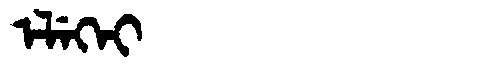
Manchu: ᡝᠯᡝᡴᡝᡳ
Romanization: ELEKEI